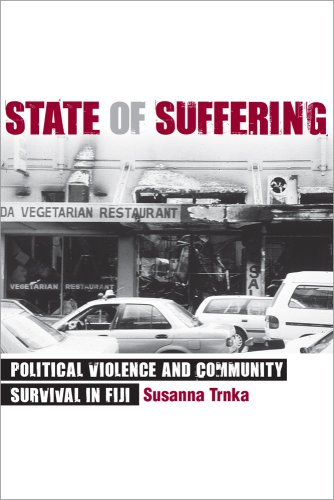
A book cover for State of Suffering: Political Violence and Community Survival in Fiji; Susanna Trnka; History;